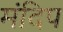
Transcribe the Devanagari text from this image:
मंदिप